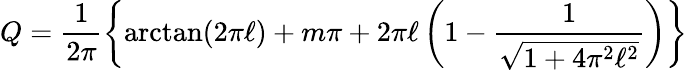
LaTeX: Q=\frac{1}{2\pi}\left\{ {\arctan}(2{\pi}{\ell})+m\pi+2{\pi}{\ell}\left(1-\frac{1}{\sqrt{1+4{\pi}^{2}{\ell}^{2}}}\right)\right\}